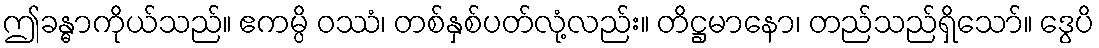
ဤခန္ဓာကိုယ်သည်။ ဧကမ္ပိ ဝဿံ၊ တစ်နှစ်ပတ်လုံ့လည်း။ တိဋ္ဌမာနော၊ တည်သည်ရှိသော်။ ဒွေပိ